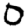
Digit: 0